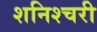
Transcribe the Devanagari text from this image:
शनिश्चरी